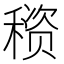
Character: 𰨳